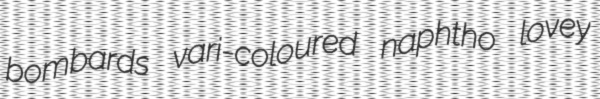
bombards vari-coloured naphtho lovey